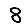
Digit: 8